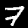
Label: 7